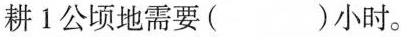
耕1公顷地需要( )小时。